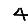
Digit: 4